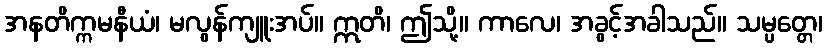
အနတိက္ကမနီယံ၊ မလွန်ကျူးအပ်။ ဣတိ၊ ဤသို့။ ကာလေ၊ အခွင့်အခါသည်။ သမ္ပတ္တေ၊